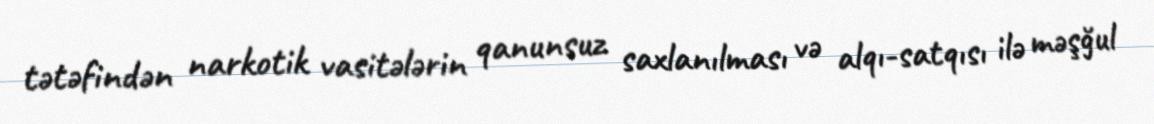
tətəfindən narkotik vasitələrin qanunsuz saxlanılması və alqı-satqısı ilə məşğul